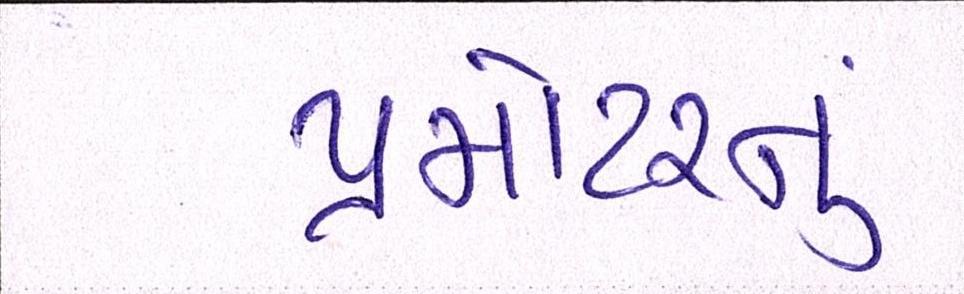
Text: પ્રમોટરનું